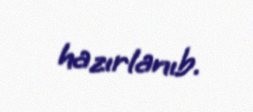
hazırlanıb.